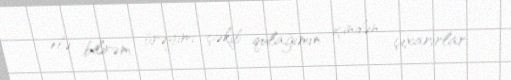
elə bilirəm ürəyimi çəkib qulağımın içindən çıxarırlar.